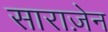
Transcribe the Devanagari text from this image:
साराज़ेन